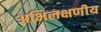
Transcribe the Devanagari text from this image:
अभिलक्षणीय